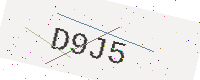
Text: D9J5